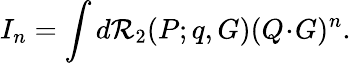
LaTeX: I_{n}=\int d{\cal R}_{2}(P;q,G)(Q\! \cdot\! G)^{n}.